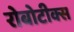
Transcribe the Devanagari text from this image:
रोबोटीक्स